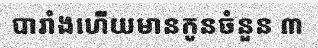
បារាំងហើយមានកូនចំនួន ៣